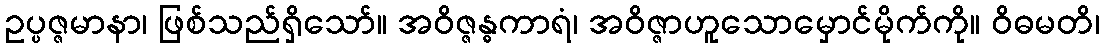
ဥပ္ပဇ္ဇမာနာ၊ ဖြစ်သည်ရှိသော်။ အဝိဇ္ဇန္ဓကာရံ၊ အဝိဇ္ဇာဟူသောမှောင်မိုက်ကို။ ဝိဓမတိ၊